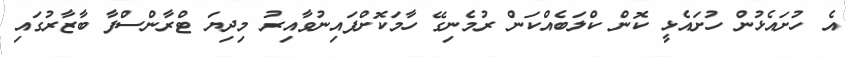
އެ ހުށައެޅުން ހުށައެޅީ ކޮން ކްލަބެއްކަން ރުމެނިގޭ ހާމަކޮށްފައިނުވާއިރު މިދިޔަ ޓްރާންސްފާ ބާޒާރުގައި